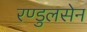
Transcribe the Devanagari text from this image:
रण्डुलसेन